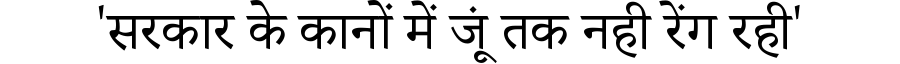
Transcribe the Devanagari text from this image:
'सरकार के कानों में जूं तक नही रेंग रही'